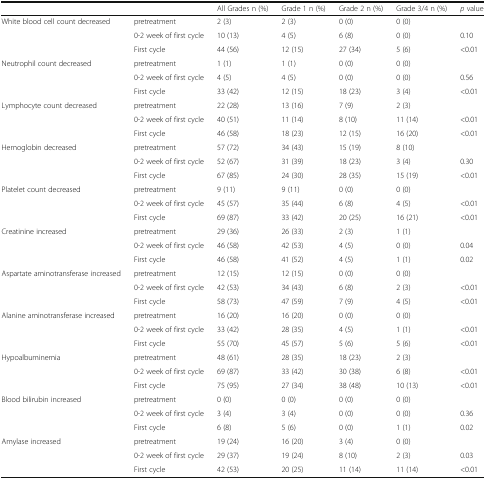
<table><thead><tr><td></td><td></td><td><b>All Grades n (%)</b></td><td><b>Grade 1 n (%)</b></td><td><b>Grade 2 n (%)</b></td><td><b>Grade 3/4 n (%)</b></td><td><b><i>p</i> value</b></td></tr></thead><tbody><tr><td rowspan="3">White blood cell count decreased</td><td>pretreatment</td><td>2 (3)</td><td>2 (3)</td><td>0 (0)</td><td>0 (0)</td><td></td></tr><tr><td>0-2 week of first cycle</td><td>10 (13)</td><td>4 (5)</td><td>6 (8)</td><td>0 (0)</td><td>0.10</td></tr><tr><td>First cycle</td><td>44 (56)</td><td>12 (15)</td><td>27 (34)</td><td>5 (6)</td><td>&lt;0.01</td></tr><tr><td rowspan="3">Neutrophil count decreased</td><td>pretreatment</td><td>1 (1)</td><td>1 (1)</td><td>0 (0)</td><td>0 (0)</td><td></td></tr><tr><td>0-2 week of first cycle</td><td>4 (5)</td><td>4 (5)</td><td>0 (0)</td><td>0 (0)</td><td>0.56</td></tr><tr><td>First cycle</td><td>33 (42)</td><td>12 (15)</td><td>18 (23)</td><td>3 (4)</td><td>&lt;0.01</td></tr><tr><td rowspan="3">Lymphocyte count decreased</td><td>pretreatment</td><td>22 (28)</td><td>13 (16)</td><td>7 (9)</td><td>2 (3)</td><td></td></tr><tr><td>0-2 week of first cycle</td><td>40 (51)</td><td>11 (14)</td><td>8 (10)</td><td>11 (14)</td><td>&lt;0.01</td></tr><tr><td>First cycle</td><td>46 (58)</td><td>18 (23)</td><td>12 (15)</td><td>16 (20)</td><td>&lt;0.01</td></tr><tr><td rowspan="3">Hemoglobin decreased</td><td>pretreatment</td><td>57 (72)</td><td>34 (43)</td><td>15 (19)</td><td>8 (10)</td><td></td></tr><tr><td>0-2 week of first cycle</td><td>52 (67)</td><td>31 (39)</td><td>18 (23)</td><td>3 (4)</td><td>0.30</td></tr><tr><td>First cycle</td><td>67 (85)</td><td>24 (30)</td><td>28 (35)</td><td>15 (19)</td><td>&lt;0.01</td></tr><tr><td rowspan="3">Platelet count decreased</td><td>pretreatment</td><td>9 (11)</td><td>9 (11)</td><td>0 (0)</td><td>0 (0)</td><td></td></tr><tr><td>0-2 week of first cycle</td><td>45 (57)</td><td>35 (44)</td><td>6 (8)</td><td>4 (5)</td><td>&lt;0.01</td></tr><tr><td>First cycle</td><td>69 (87)</td><td>33 (42)</td><td>20 (25)</td><td>16 (21)</td><td>&lt;0.01</td></tr><tr><td rowspan="3">Creatinine increased</td><td>pretreatment</td><td>29 (36)</td><td>26 (33)</td><td>2 (3)</td><td>1 (1)</td><td></td></tr><tr><td>0-2 week of first cycle</td><td>46 (58)</td><td>42 (53)</td><td>4 (5)</td><td>0 (0)</td><td>0.04</td></tr><tr><td>First cycle</td><td>46 (58)</td><td>41 (52)</td><td>4 (5)</td><td>1 (1)</td><td>0.02</td></tr><tr><td rowspan="3">Aspartate aminotransferase increased</td><td>pretreatment</td><td>12 (15)</td><td>12 (15)</td><td>0 (0)</td><td>0 (0)</td><td></td></tr><tr><td>0-2 week of first cycle</td><td>42 (53)</td><td>34 (43)</td><td>6 (8)</td><td>2 (3)</td><td>&lt;0.01</td></tr><tr><td>First cycle</td><td>58 (73)</td><td>47 (59)</td><td>7 (9)</td><td>4 (5)</td><td>&lt;0.01</td></tr><tr><td rowspan="3">Alanine aminotransferase increased</td><td>pretreatment</td><td>16 (20)</td><td>16 (20)</td><td>0 (0)</td><td>0 (0)</td><td></td></tr><tr><td>0-2 week of first cycle</td><td>33 (42)</td><td>28 (35)</td><td>4 (5)</td><td>1 (1)</td><td>&lt;0.01</td></tr><tr><td>First cycle</td><td>55 (70)</td><td>45 (57)</td><td>5 (6)</td><td>5 (6)</td><td>&lt;0.01</td></tr><tr><td rowspan="3">Hypoalbuminemia</td><td>pretreatment</td><td>48 (61)</td><td>28 (35)</td><td>18 (23)</td><td>2 (3)</td><td></td></tr><tr><td>0-2 week of first cycle</td><td>69 (87)</td><td>33 (42)</td><td>30 (38)</td><td>6 (8)</td><td>&lt;0.01</td></tr><tr><td>First cycle</td><td>75 (95)</td><td>27 (34)</td><td>38 (48)</td><td>10 (13)</td><td>&lt;0.01</td></tr><tr><td rowspan="3">Blood bilirubin increased</td><td>pretreatment</td><td>0 (0)</td><td>0 (0)</td><td>0 (0)</td><td>0 (0)</td><td></td></tr><tr><td>0-2 week of first cycle</td><td>3 (4)</td><td>3 (4)</td><td>0 (0)</td><td>0 (0)</td><td>0.36</td></tr><tr><td>First cycle</td><td>6 (8)</td><td>5 (6)</td><td>0 (0)</td><td>1 (1)</td><td>0.02</td></tr><tr><td rowspan="3">Amylase increased</td><td>pretreatment</td><td>19 (24)</td><td>16 (20)</td><td>3 (4)</td><td>0 (0)</td><td></td></tr><tr><td>0-2 week of first cycle</td><td>29 (37)</td><td>19 (24)</td><td>8 (10)</td><td>2 (3)</td><td>0.03</td></tr><tr><td>First cycle</td><td>42 (53)</td><td>20 (25)</td><td>11 (14)</td><td>11 (14)</td><td>&lt;0.01</td></tr></tbody></table>